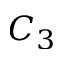
C _ { 3 }